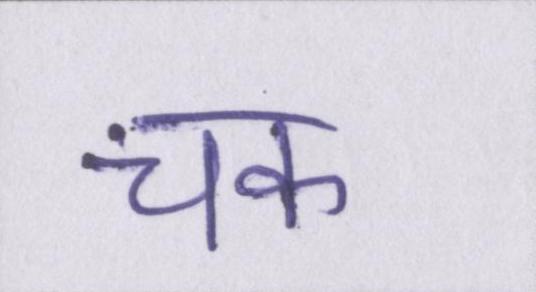
चक